Lunatic asylums Madras 1892-1911 - 1892-1911
Year: 1892
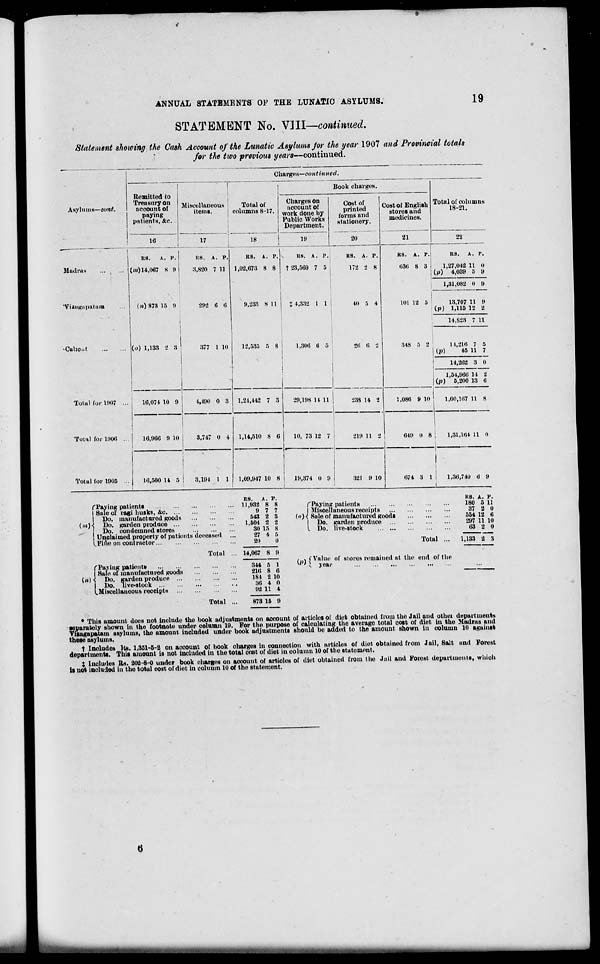
ANNUAL STATEMENTS OF THE LUNATIO ASYLUMS.
19
STATEMENT No. VIII—continued.
Statement showing the Cash Account of the Lunatic Asylums Jor the year 1907 and Provincial totals
for the two previous years—continued.
Charges—continued.
Remitted to
Treasury on
account of
paying
patients, &c.
Miscellaneous
items.
I 1
Total of
columns 8-17.
1
Book charges.
Asylums—cont.
Charges on
account of
work done by
Public Works
Department.
19
Cost of
printed
forms and
stationery.
20
Cost of English
stores and
medicines.
Total of columns
18-21.
16
1
17
18
I
21
22
Madras
... ■ ...
"Vuagapatain
BS. A. I'.
(Ml) 14,067 * !>
(»)878 15 ii
(<>) 1,188 2 3
US. A. P.
15,820 7 11
292 6 6
377 1 10
RS. A. F.
1,02,673 8 8
9,233 S 11
12,535 5 8
as. A. p.
t 23,560 7 5
t +,332 I 1
1,306 0 5
R8. A. P.
172 2 8
40 5 4
26 6 2
R8. A. P.
636 8 3
101 12 5
RS. A. v.
1,27,042 11 0
ifi) 4,039 5 9
1,31,082 0 9
13,707 11 9
(p) 1,115 12 2
348 5 2
14.S23 7 11
■Calicut
14,216 7 5
. (P)
45 11 7
t
14,262 3 0
1,54,966 14 2
(/}) 5,200 13 6
1,60,107 11 8
1.
Total (or 1907 ...
16,071 10 9
4,480 0 3 1,21,442 7 3
29,198 14 11 |
238 14 2
j
1,086 9 10
Total for 1900 ...
1
16,906 9 10
8,747 o 4 1,14,510 8 6
10, 73 12 7
219 11 2
i
1
649 0 8 1
1,31,164 11 0
Total for 1905 ...
16,500 U 5 |
3,191 1 1
1,09,947 10 8
19,374 () 9
321 9 10
1
1
674 3 1 i
1,30,740 6 9
i
fPaying patients
I Saleot ragi husks, &c
I Do. manufactured goods
{M)\
Do. garden produce
Do. condemned stores
j Unclaimed property of patients deceased
LFine on contractor
Total
( Paying patients
| Sale of manufactured goods
(M)S
Do. garden produce ...
Do. live-stock
^Miscellaneous receipts
RS. J K. 1'.
11,932 8 8
9 7 7
543 2 3
1,504 0 2
30 15 S
27 4 B
20
0
14,067 8 9
344 5 1
216 8 6
181 2 10
36 4 0
92 11 4
f Paying patients
I Miscellaneous receipts
(<>)•{ Sale of manufactured goods
I Do. garden produce ...
I Do. live-stock
Total
RB. A. P.
180 5 11
37 2 0
554 12 6
297 11 10
63 2 0
1,133 2 3
/» [Value of stores remained at the end of the
w 'i year
Total
873 15 9
* This amount does not include the book adjustments on aocount of articles of diet obtained from the Jail and othei departments
separately shown in the footnote under column 19. For the purpose of calculating the average total cost of diet in the Madras and
Viiagapatam asylums, the amount included under book adjustments should be added to the amount shown in column 10 against
these asylums.
t Includes Its. 1,351-5-2 on account of book cliarges in connection with articles of diet obtained from Jail, Salt and Forest
departments. This amount is not included in the total cost of diet in column 10 of the statement.
t Includes Rs. 202-8-0 under book cliarges on account of articles of diet obtained from the Jail and Forest departments, which
is not included in the total cost of diet in column 10 of the statement.
6